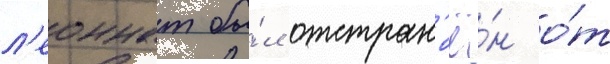
л'еоннат бы́л отстран'ё́н о́т